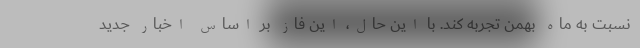
نسبت به ‌ماه‌ بهمن تجربه کند. با این حال، این فاز بر اساس اخبار جدید